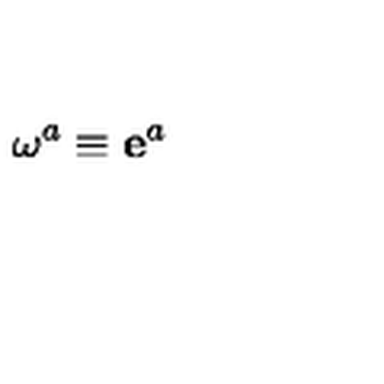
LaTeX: \mathbf { \omega } ^ { a } \equiv \mathbf { e } ^ { a }